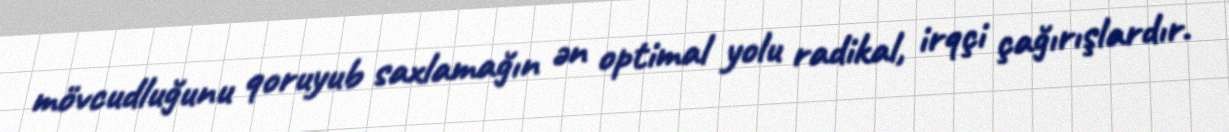
mövcudluğunu qoruyub saxlamağın ən optimal yolu radikal, irqçi çağırışlardır.